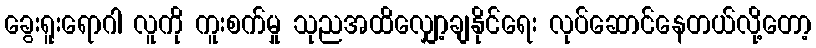
ခွေးရူးရောဂါ လူကို ကူးစက်မှု သုညအထိလျှော့ချနိုင်ရေး လုပ်ဆောင်နေတယ်လို့တော့